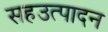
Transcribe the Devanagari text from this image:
सहउत्पादन